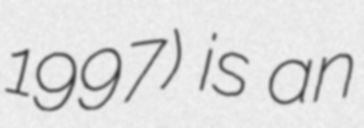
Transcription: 1997) is an